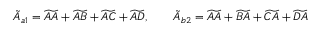
\tilde { A } _ { a 1 } = \widetilde { A A } + \widetilde { A B } + \widetilde { A C } + \widetilde { A D } , \qquad \tilde { A } _ { b 2 } = \widetilde { A A } + \widetilde { B A } + \widetilde { C A } + \widetilde { D A }